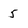
Character: 5